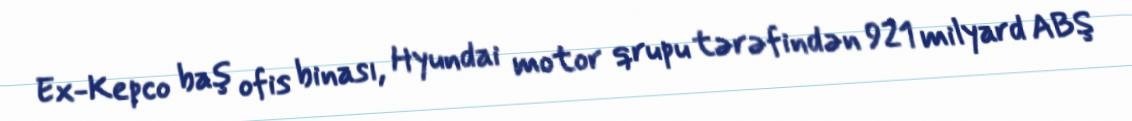
Ex-Kepco baş ofis binası, Hyundai motor qrupu tərəfindən 921 milyard ABŞ